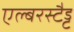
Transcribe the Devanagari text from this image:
एल्बरस्टैड्ट